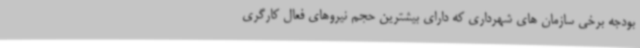
بودجه برخی سازمان های شهرداری که دارای بیشترین حجم نیروهای فعال کارگری